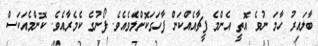
ބާލައިރު ހާމަ ނުވެ އޮތީ އެންމެ ފީޗާއެއްްކަން ފާހަގަކޮށްލެވެއެވެ. ފޯނުގެ ކެމެރާއެވެ. ކޮންމެއަކަސް